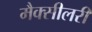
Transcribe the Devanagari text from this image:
मैक्सीलरी